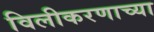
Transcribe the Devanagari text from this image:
विलीकरणाच्या